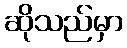
ဆိုသည်မှာ